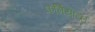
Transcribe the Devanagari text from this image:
फर्मियान।